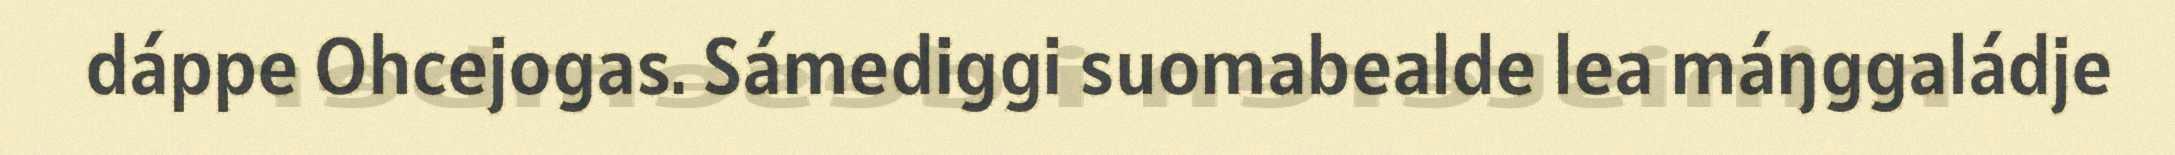
dáppe Ohcejogas. Sámediggi suomabealde lea máŋggaládje